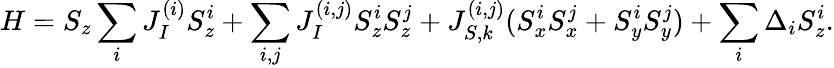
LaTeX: H=S_{z}\sum_{i}J_{I}^{(i)}S_{z}^{i}+\sum_{i,j}J_{I}^{(i,j)}S_{z}^{i}S_{z}^{j}+J_{S,k}^{(i,j)}(S_{x}^{i}S_{x}^{j}+S_{y}^{i}S_{y}^{j})+\sum_{i}\Delta_{i}S_{z}^{i}.